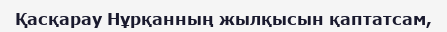
Қасқарау Нұрқанның жылқысын қаптатсам,